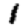
Digit: 1